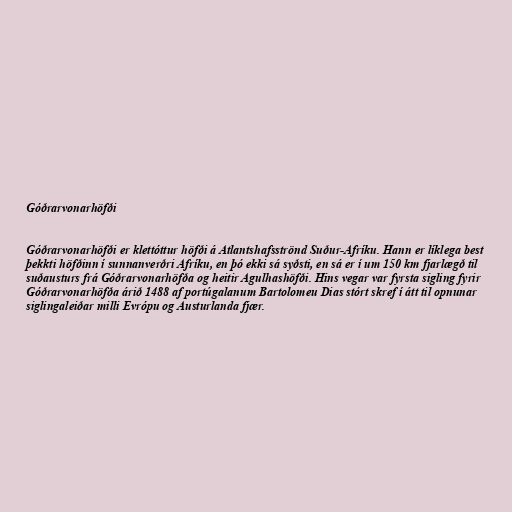
Góðrarvonarhöfði

Góðrarvonarhöfði er klettóttur höfði á Atlantshafsströnd Suður-Afríku. Hann er líklega best
þekkti höfðinn í sunnanverðri Afríku, en þó ekki sá syðsti, en sá er í um 150 km fjarlægð til
suðausturs frá Góðrarvonarhöfða og heitir Agulhashöfði. Hins vegar var fyrsta sigling fyrir
Góðrarvonarhöfða árið 1488 af portúgalanum Bartolomeu Dias stórt skref í átt til opnunar
siglingaleiðar milli Evrópu og Austurlanda fjær.